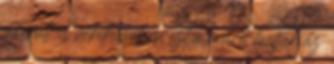
sikerült is nekik, sokan ezt a művet tartják az